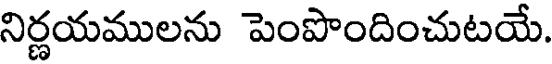
నిర్ణయములను పెంపొందించుటయే.